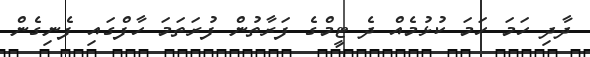
ދާދި ހަމަ ހަމަ ކުޅުމެއް ދެ ޓީމްގެ ފަރާތުން ފުރަތަމަ ހާފްގައި ފެނިގެން